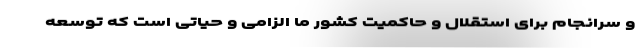
و سرانجام برای استقلال و حاکمیت کشور ما الزامی و حیاتی است که توسعه